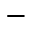
-